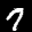
Label: 7